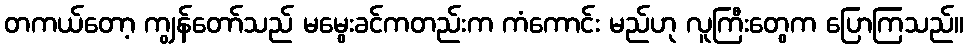
တကယ်တော့ ကျွန်တော်သည် မမွေးခင်ကတည်းက ကံကောင်း မည်ဟု လူကြီးတွေက ပြောကြသည်။